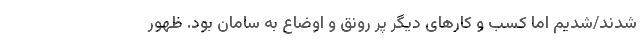
شدند/شدیم اما کسب و کارهای دیگر پر رونق و اوضاع به سامان بود. ظهور